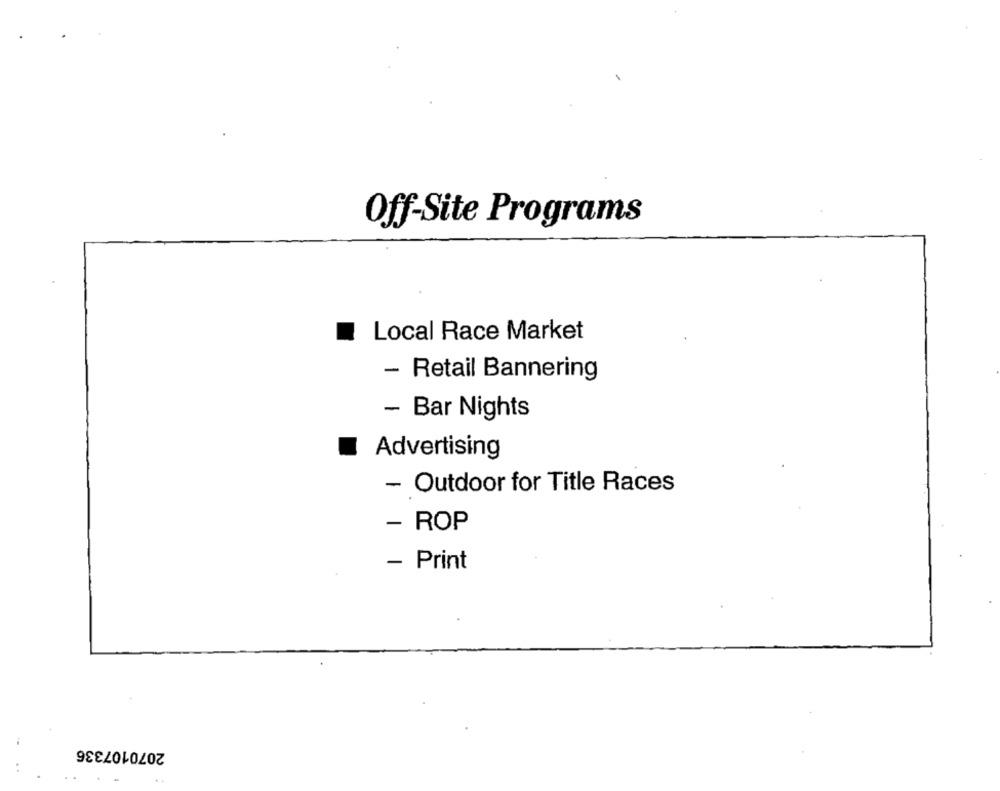
Off-Site Programs
Local Race Market
- Retail Bannering
- Bar Nights
Advertising
- Outdoor for Title Races
- ROP
- Print
2070107336